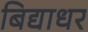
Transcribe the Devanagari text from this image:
बिद्याधर